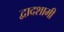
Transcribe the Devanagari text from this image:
द्वादशामी